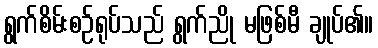
ရွက်စိမ်းစဉ်ရုပ်သည် ရွက်ညို မဖြစ်မီ ချုပ်၏။